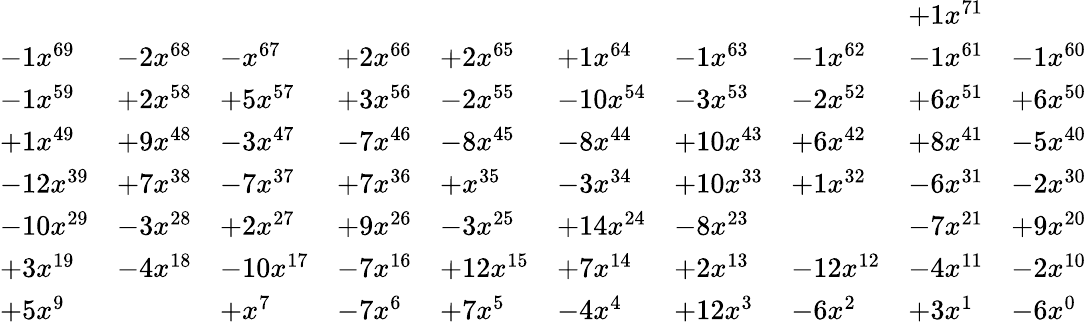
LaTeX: {\begin{array}{llllllllll}&&{\qquad}&&{\qquad}&&{\qquad}&&{+1x^{71}}&\\ {-1x^{69}}&{-2x^{68}}&{-x^{67}}&{+2x^{66}}&{+2x^{65}}&{+1x^{64}}&{-1x^{63}}&{-1x^{62}}&{-1x^{61}}&{-1x^{60}}\\ {-1x^{59}}&{+2x^{58}}&{+5x^{57}}&{+3x^{56}}&{-2x^{55}}&{-10x^{54}}&{-3x^{53}}&{-2x^{52}}&{+6x^{51}}&{+6x^{50}}\\ {+1x^{49}}&{+9x^{48}}&{-3x^{47}}&{-7x^{46}}&{-8x^{45}}&{-8x^{44}}&{+10x^{43}}&{+6x^{42}}&{+8x^{41}}&{-5x^{40}}\\ {-12x^{39}}&{+7x^{38}}&{-7x^{37}}&{+7x^{36}}&{+x^{35}}&{-3x^{34}}&{+10x^{33}}&{+1x^{32}}&{-6x^{31}}&{-2x^{30}}\\ {-10x^{29}}&{-3x^{28}}&{+2x^{27}}&{+9x^{26}}&{-3x^{25}}&{+14x^{24}}&{-8x^{23}}&&{-7x^{21}}&{+9x^{20}}\\ {+3x^{19}}&{-4x^{18}}&{-10x^{17}}&{-7x^{16}}&{+12x^{15}}&{+7x^{14}}&{+2x^{13}}&{-12x^{12}}&{-4x^{11}}&{-2x^{10}}\\ {+5x^{9}}&&{+x^{7}}&{-7x^{6}}&{+7x^{5}}&{-4x^{4}}&{+12x^{3}}&{-6x^{2}}&{+3x^{1}}&{-6x^{0}}\end{array}}